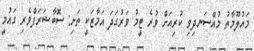
މައުލޫމާތު މުއްސަނދިވި ކުރިއަށް ވުރެ ޓީމު ވަރުގަދަ އަމާޒަކީ ތަށި: ސޮބާޝަރަފްވެރި ގައުމީ